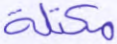
مكتلة